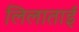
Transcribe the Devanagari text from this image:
लिलाताई